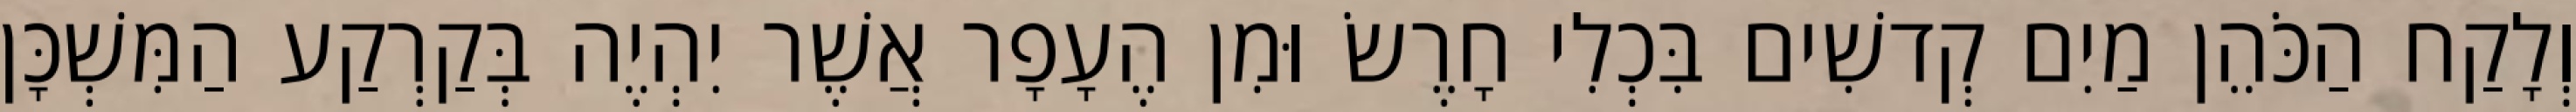
וְלָקַח הַכֹּהֵן מַיִם קְדשִׁים בִּכְלִי חָרֶשׂ וּמִן הֶעָפָר אֲשֶׁר יִהְיֶה בְּקַרְקַע הַמִּשְׁכָּן